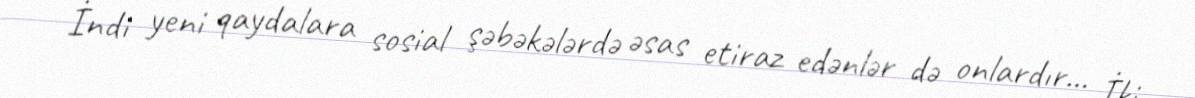
İndi yeni qaydalara sosial şəbəkələrdə əsas etiraz edənlər də onlardır... İki